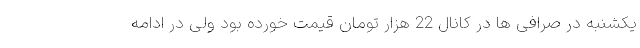
یکشنبه در صرافی ها در کانال 22 هزار تومان قیمت خورده بود ولی در ادامه